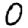
Digit: 0